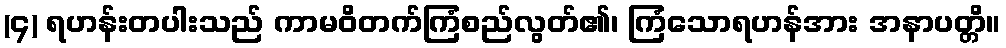
(၄) ရဟန်းတပါးသည် ကာမဝိတက်ကြံစည်လွတ်၏၊ ကြံသောရဟန်အား အနာပတ္တိ။